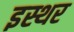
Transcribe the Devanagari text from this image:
इस्थर